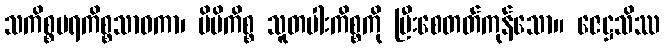
သကိစ္စပရကိစ္စသာဓကာ၊ မိမိကိစ္စ သူတပါးကိစ္စကို ပြီးစေတတ်ကုန်သော။ ဇေဋ္ဌသိဿ